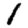
Digit: 1